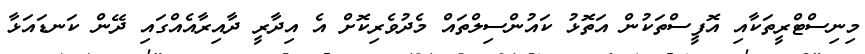
މިނިސްޓްރީތަކާއި އޮފީސްތަކުން އަތޮޅު ކައުންސިލްތައް މެދުވެރިކޮށް އެ އިދާރީ ދާއިރާއެއްގައި ދޭން ކަނޑައަޅާ